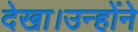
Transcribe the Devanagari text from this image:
देखा।उन्होंने